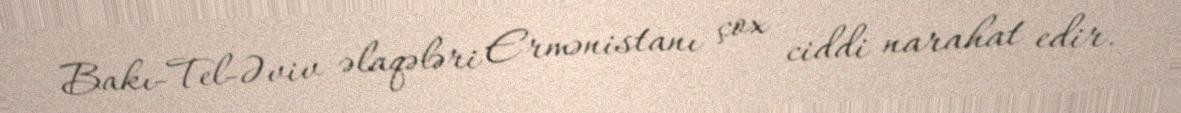
Bakı-Tel-Əviv əlaqələri Ermənistanı çox ciddi narahat edir.